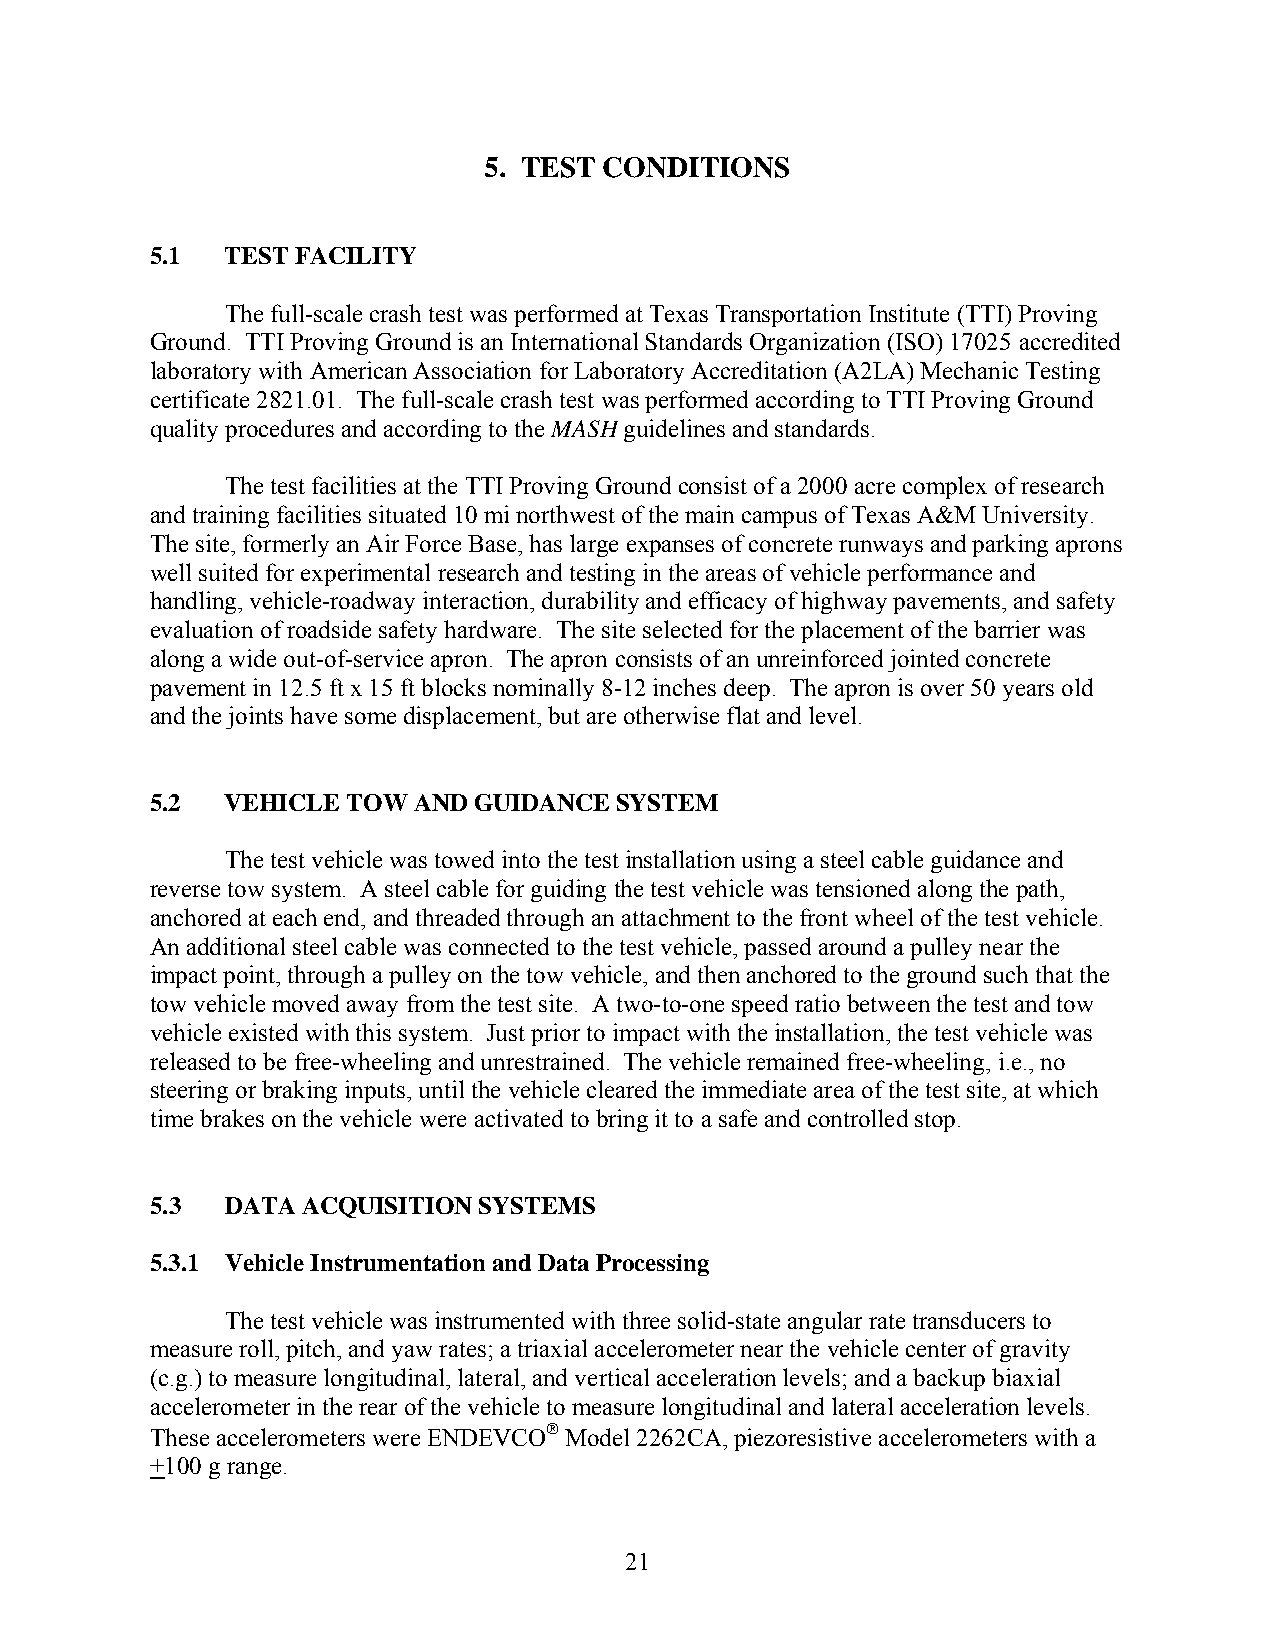
5. TEST CONDITIONS
 5.1  TEST FACILITY
 The full-scale crash test was performed at Texas Transportation Institute (TTI) Proving
 Ground. TTI Proving Ground is an International Standards Organization (ISO) 17025 accredited
 laboratory with American Association for Laboratory Accreditation (A2LA) Mechanic Testing
 certificate 2821.01. The full-scale crash test was performed according to TTI Proving Ground
 quality procedures and according to the MASH guidelines and standards.
 The test facilities at the TTI Proving Ground consist of a 2000 acre complex of research
 and training facilities situated 10 mi northwest of the main campus of Texas A&M University.
 The site, formerly an Air Force Base, has large expanses of concrete runways and parking aprons
 well suited for experimental research and testing in the areas of vehicle performance and
 handling, vehicle-roadway interaction, durability and efficacy of highway pavements, and safety
 evaluation of roadside safety hardware. The site selected for the placement of the barrier was
 along a wide out-of-service apron. The apron consists of an unreinforced jointed concrete
 pavement in 12.5 ft x 15 ft blocks nominally 8-12 inches deep. The apron is over 50 years old
 and the joints have some displacement, but are otherwise flat and level.
 5.2  VEHICLE TOW AND GUIDANCE  SYSTEM
 The test vehicle was towed into the test installation using a steel cable guidance and
 reverse tow system. A steel cable for guiding the test vehicle was tensioned along the path,
 anchored at each end, and threaded through an attachment to the front wheel of the test vehicle.
 An additional steel cable was connected to the test vehicle, passed around a pulley near the
 impact point, through a pulley on the tow vehicle, and then anchored to the ground such that the
 tow vehicle moved away from the test site. A two-to-one speed ratio between the test and tow
 vehicle existed with this system. Just prior to impact with the installation, the test vehicle was
 released to be free-wheeling and unrestrained. The vehicle remained free-wheeling, i.e., no
 steering or braking inputs, until the vehicle cleared the immediate area of the test site, at which
 time brakes on the vehicle were activated to bring it to a safe and controlled stop.
 5.3  DATA ACQUISITION SYSTEMS
 5.3.1 Vehicle Instrumentation and Data Processing
 The test vehicle was instrumented with three solid-state angular rate transducers to
 measure roll, pitch, and yaw rates; a triaxial accelerometer near the vehicle center of gravity
 (c.g.) to measure longitudinal, lateral, and vertical acceleration levels; and a backup biaxial
 accelerometer in the rear of the vehicle to measure longitudinal and lateral acceleration levels.
 These accelerometers were ENDEVCO® Model 2262CA, piezoresistive accelerometers with a
 +100 g range.
 21